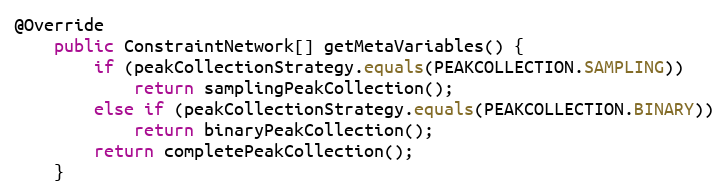
Language: Java
@Override
	public ConstraintNetwork[] getMetaVariables() {
		if (peakCollectionStrategy.equals(PEAKCOLLECTION.SAMPLING))
			return samplingPeakCollection();
		else if (peakCollectionStrategy.equals(PEAKCOLLECTION.BINARY))
			return binaryPeakCollection();
		return completePeakCollection();
	}